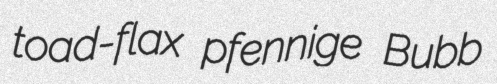
toad-flax pfennige Bubb